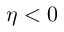
\eta < 0